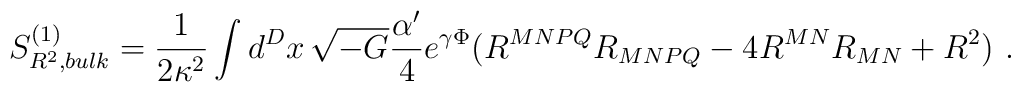
S^{(1)}_{R^2,bulk} = \frac{1}{2 \kappa^2} \int d^{D}x \, \sqrt{-G}\frac{\alpha^{\prime}}{4} e^{\gamma \Phi} (R^{MNPQ} R_{MNPQ}- 4 R^{MN} R_{MN} + R^2)~.